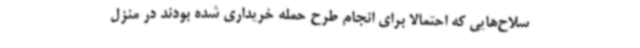
سلاح‌هایی که احتمالا برای انجام طرح حمله خریداری شده بودند در منزل